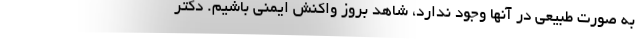
به صورت طبیعی در آنها وجود ندارد، شاهد بروز واکنش ایمنی باشیم. دکتر